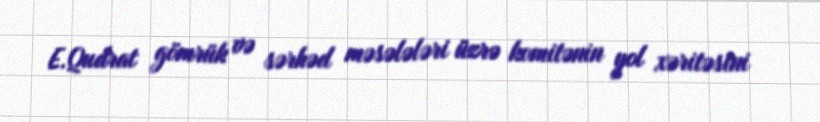
E.Qudrat gömrük və sərhəd məsələləri üzrə komitənin yol xəritəsini